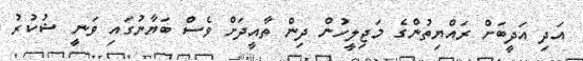
އަދި އަދީބަށް ރައްޔިތުންގެ މަޖިލީހުން ދިން ތާއީދަށް ވެސް ބަޔާނުގައި ވަނީ ޝުކުރު